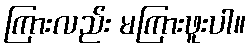
ကြားလည်း မကြားဖူးပါ။